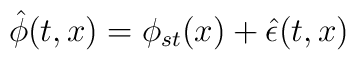
\hat{\phi}(t,x)=\phi_{st}(x)+\hat{\epsilon}(t,x)